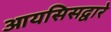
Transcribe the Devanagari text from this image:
आयसिसद्वारे